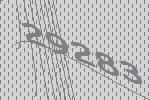
29283